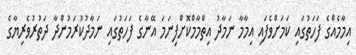
އިމާމެއްގެ ފަހަތުގައި ކަމަށްވެފައި އިމާމާ ނަމާދު އިތްމާމްކޮށްފިނަމަ އޭނާގެ ފަހަތުގައި ނަމާދުކުރަމުންދާ ދަތުރުވެރިޔާގެ